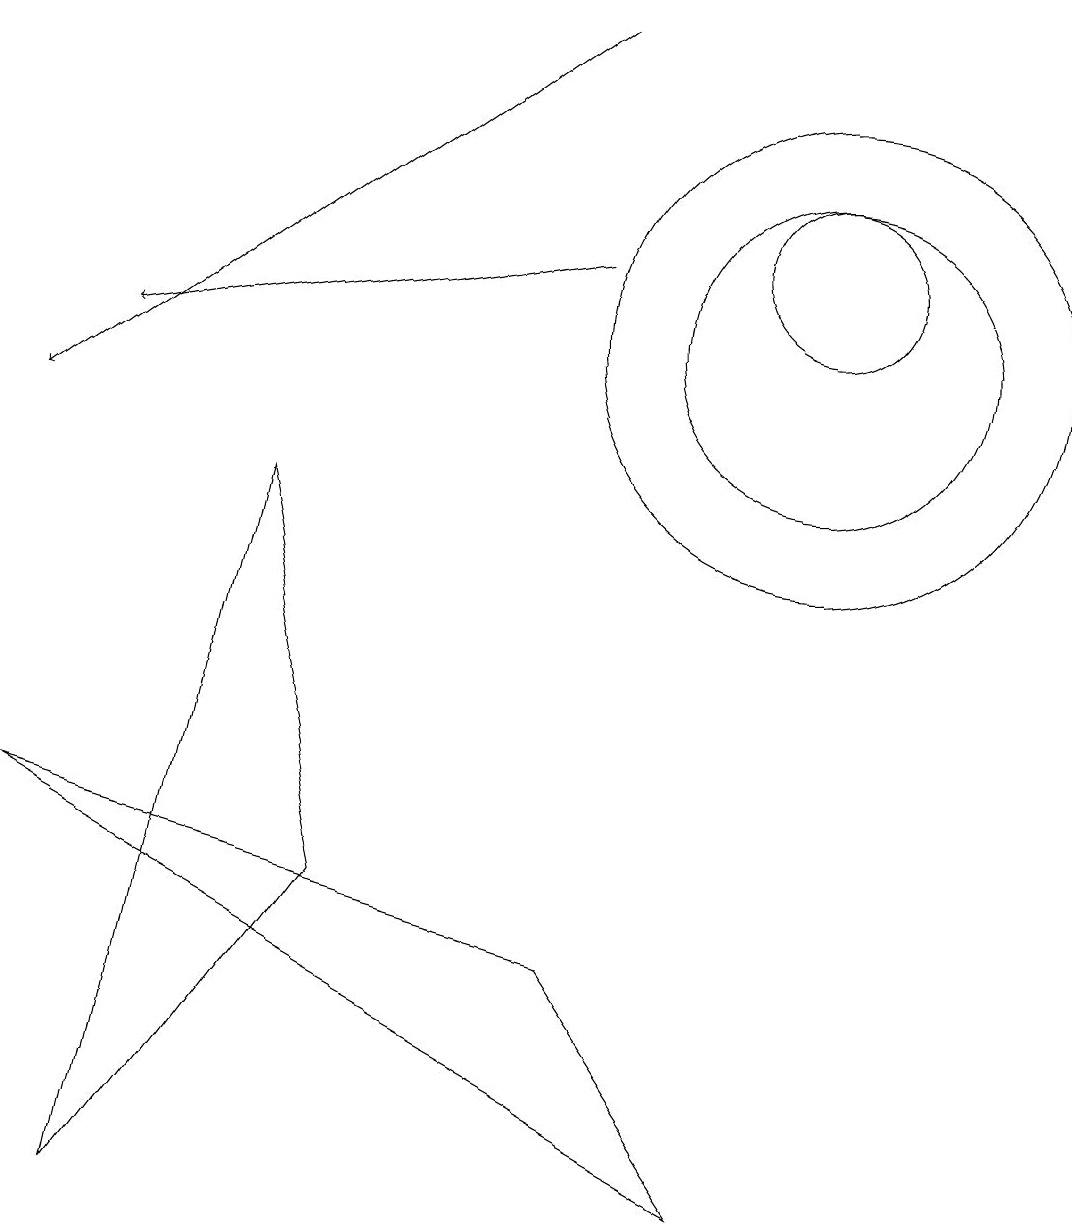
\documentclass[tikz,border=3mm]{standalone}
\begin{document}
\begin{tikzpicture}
\draw[->] (7,15) -- (0,10);
\draw (10,12) circle (1);
\draw (9,0) -- (0,5) -- (7,3) -- cycle;
\draw[->] (7,12) -- (1,11);
\draw (10,11) circle (3);
\draw (4,4) -- (1,0) -- (3,9) -- cycle;
\draw (10,11) circle (2);
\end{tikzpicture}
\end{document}